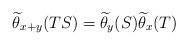
LaTeX: \begin{align*}\widetilde{\theta}_{x+y}(TS)=\widetilde{\theta}_{y}(S)\widetilde{\theta}_{x}(T)\end{align*}